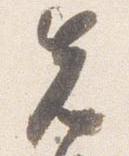
先